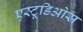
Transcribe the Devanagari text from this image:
एस्टूडिओस